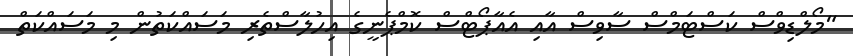
"މޯލްޑިވްސް ކަސްޓަމްސް ސާވިސް އާއި އެއާޕޯޓްސް ކޮމްޕެނީގެ އިހުލާސްތެރި މަސައްކަތުން މި މަސައްކަތް